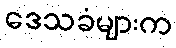
ဒေသခံများက